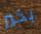
بخير